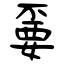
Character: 嫑